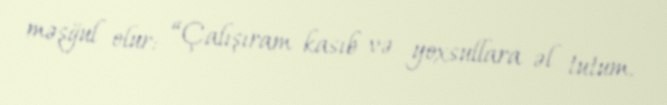
məşğul olur: “Çalışıram kasıb və yoxsullara əl tutum.